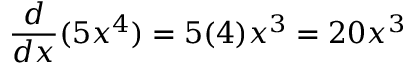
{ \frac { d } { d x } } ( 5 x ^ { 4 } ) = 5 ( 4 ) x ^ { 3 } = 2 0 x ^ { 3 }